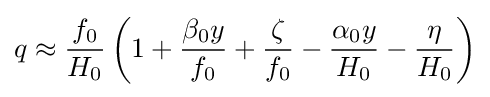
q\approx {f_{0} \over H_{0}}\left(1+{\beta _{0}y \over f_{0}}+{\zeta  \over f_{0}}-{\alpha _{0}y \over H_{0}}-{\eta  \over H_{0}}\right)